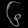
Digit: ၆